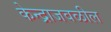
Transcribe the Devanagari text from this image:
केन्द्राजवळील